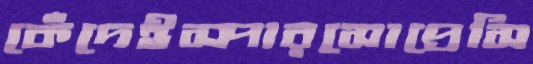
কেঁদেইস্পারসোপ্রেসি